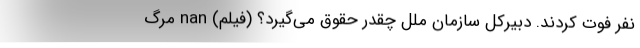
نفر فوت کردند. دبیرکل سازمان ملل چقدر حقوق می‌گیرد؟ (فیلم) nan مرگ